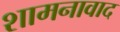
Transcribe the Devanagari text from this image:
शामनावाद